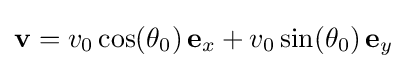
\mathbf {v} =v_{0}\cos(\theta _{0})\,\mathbf {e} _{x}+v_{0}\sin(\theta _{0})\,\mathbf {e} _{y}